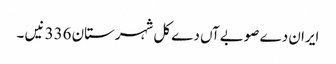
ایران دے صوبےآں دے کل شہرستان 336 نیں ۔